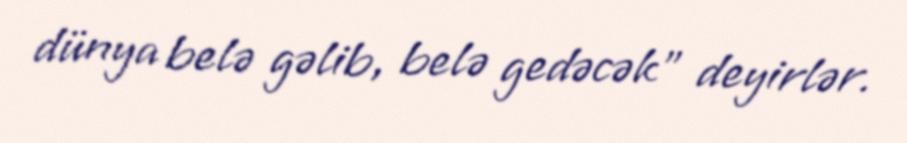
dünya belə gəlib, belə gedəcək” deyirlər.